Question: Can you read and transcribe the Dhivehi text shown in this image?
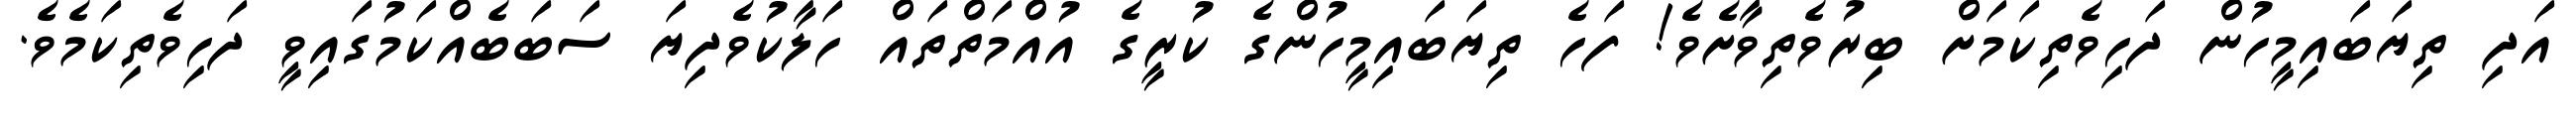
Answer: އަދި ތިޔަބައިމީހުން ދަހިވެތިކަމަށް ބިރުވެތިވާށެވެ! ފަހެ ތިޔަބައިމީހުންގެ ކުރީގެ އުއްމަތްތައް ހަލާކުވެދިޔަ ސަބަބެއްކަމުގައިވީ ދަހިވެތިކަމެވެ.